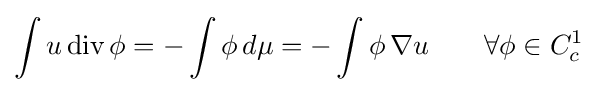
\int u\operatorname {div} \phi =-\int \phi \,d\mu =-\int \phi \,\nabla u\qquad \forall \phi \in C_{c}^{1}